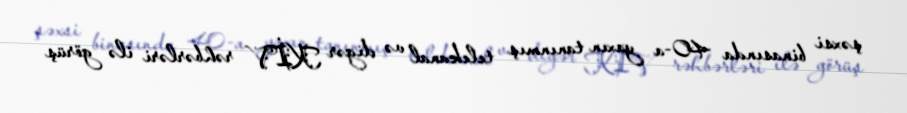
şəxsi binasında 40-a yaxın tanınmış telekanal və digər KİV rəhbərləri ilə görüş